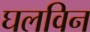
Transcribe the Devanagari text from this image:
घलविन